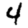
Digit: 4